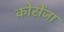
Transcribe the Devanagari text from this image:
कोसेंजा